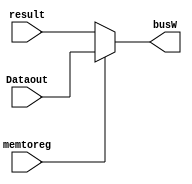
module mux_memtoreg(result,Dataout,memtoreg,busW);
	input wire memtoreg;
	input wire[31:0] result,Dataout;
	output wire[31:0] busW;

	assign busW=(memtoreg==0)?result:Dataout;
endmodule